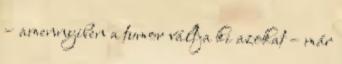
– amennyiben a tumor váltja ki azokat – már